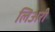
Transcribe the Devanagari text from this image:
लिअरी